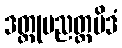
ဒတ္တုပညတ္တမိဒံ